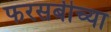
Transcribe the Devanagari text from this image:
फरसबीच्या